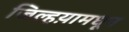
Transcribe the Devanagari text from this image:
जिल्हय़ामधून